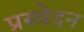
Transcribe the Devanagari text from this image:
प्रस्वेदन